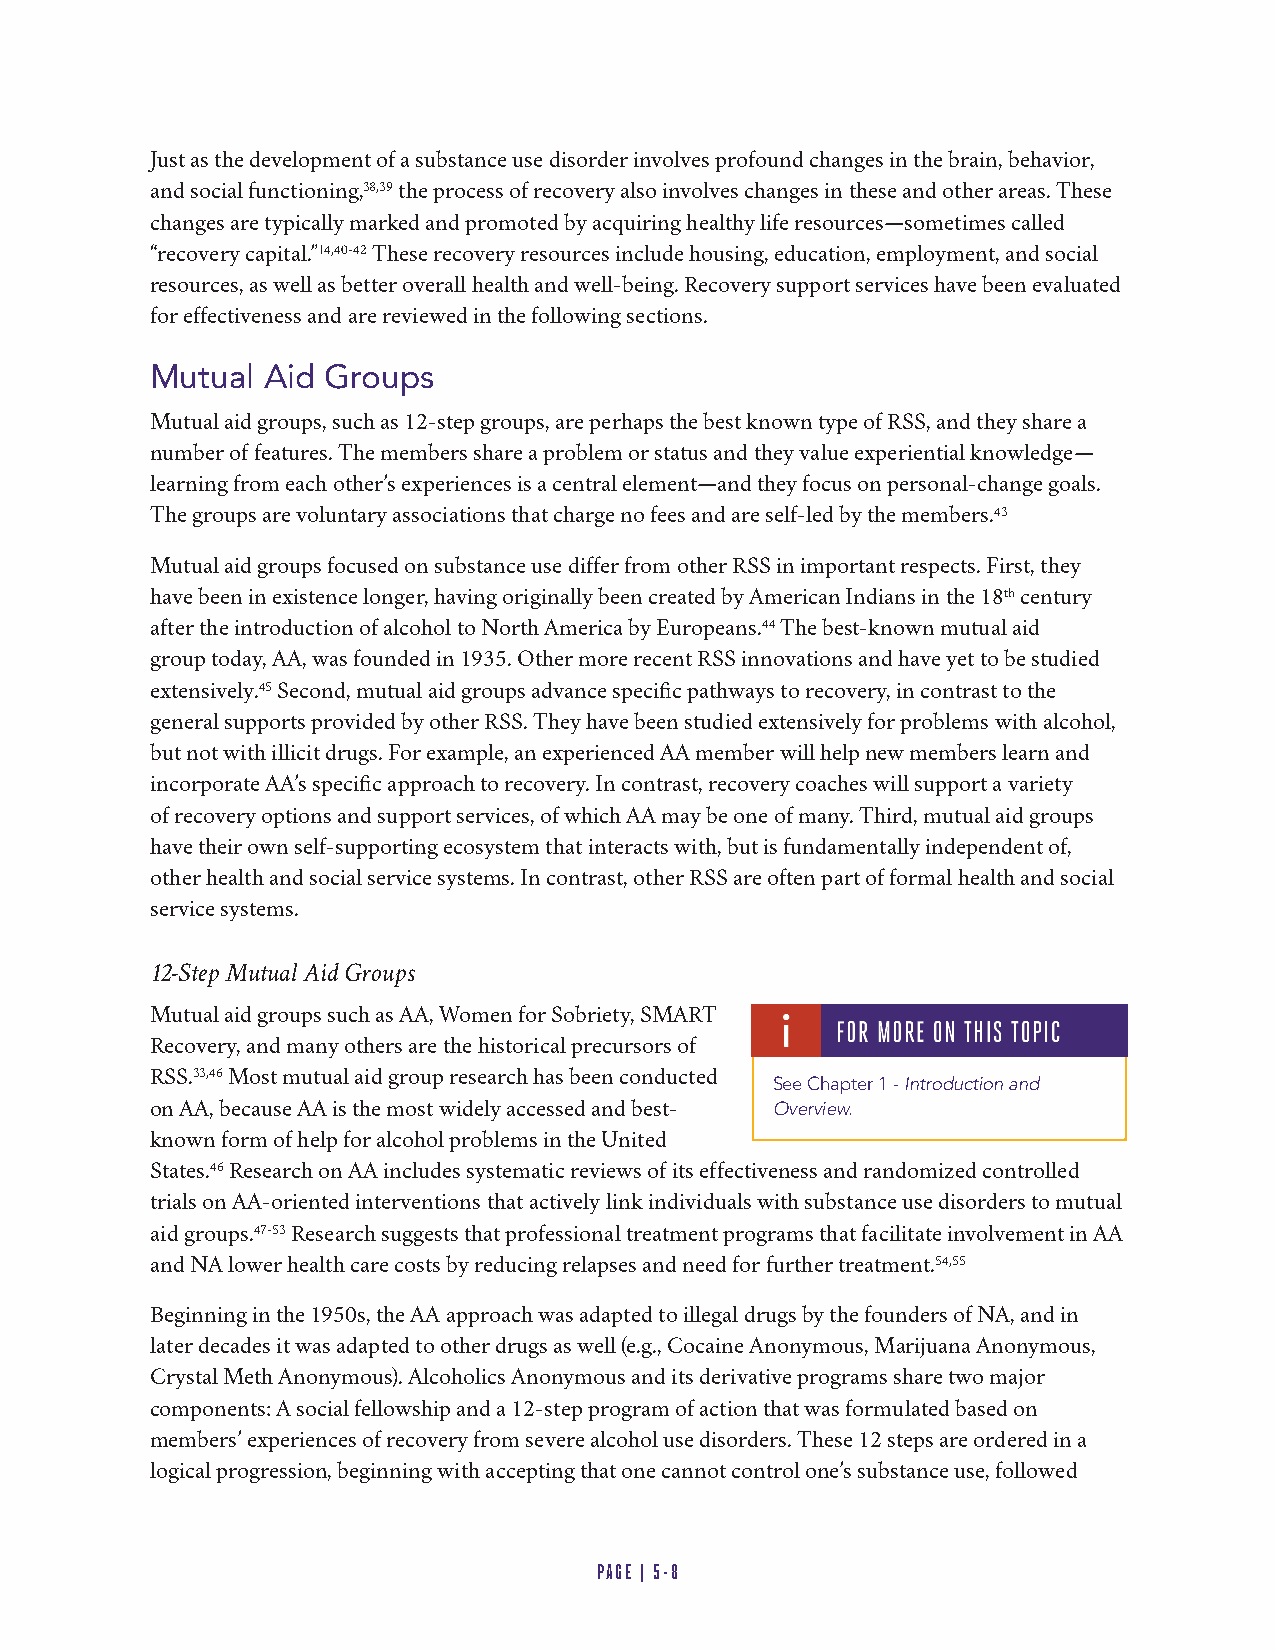
Just as the development of a substance use disorder involves profound changes in the brain, behavior,
 and social functioning,38,39 the process of recovery also involves changes in these and other areas. These
 changes are typically marked and promoted by acquiring healthy life resources—sometimes called
 “recovery capital.”14,40-42 These recovery resources include housing, education, employment, and social
 resources, as well as better overall health and well-being. Recovery support services have been evaluated
 for effectiveness and are reviewed in the following sections.
 Mutual Aid Groups
 Mutual aid groups, such as 12-step groups, are perhaps the best known type of RSS, and they share a
 number of features. The members share a problem or status and they value experiential knowledge—
 learning from each other’s experiences is a central element—and they focus on personal-change goals.
 The groups are voluntary associations that charge no fees and are self-led by the members.43
 Mutual aid groups focused on substance use differ from other RSS in important respects. First, they
 have been in existence longer, having originally been created by American Indians in the 18th century
 after the introduction of alcohol to North America by Europeans.44 The best-known mutual aid
 group today, AA, was founded in 1935. Other more recent RSS innovations and have yet to be studied
 extensively.45 Second, mutual aid groups advance specific pathways to recovery, in contrast to the
 general supports provided by other RSS. They have been studied extensively for problems with alcohol,
 but not with illicit drugs. For example, an experienced AA member will help new members learn and
 incorporate AA’s specific approach to recovery. In contrast, recovery coaches will support a variety
 of recovery options and support services, of which AA may be one of many. Third, mutual aid groups
 have their own self-supporting ecosystem that interacts with, but is fundamentally independent of,
 other health and social service systems. In contrast, other RSS are often part of formal health and social
 service systems.
 12-Step Mutual Aid Groups
 1
 Mutual aid groups such as AA, Women for Sobriety, SMART
 Recovery, and many others are the historical precursors of
 RSS.33,46 Most mutual aid group research has been conducted
 See Chapter 1 - Introduction and
 on AA, because AA is the most widely accessed and best- Overview.
 known form of help for alcohol problems in the United             1
 States.46 Research on AA includes systematic reviews of its effectiveness and randomized controlled
 trials on AA-oriented interventions that actively link individuals with substance use disorders to mutual
 aid groups.47-53 Research suggests that professional treatment programs that facilitate involvement in AA
 and NA lower health care costs by reducing relapses and need for further treatment.54,55
 Beginning in the 1950s, the AA approach was adapted to illegal drugs by the founders of NA, and in
 later decades it was adapted to other drugs as well (e.g., Cocaine Anonymous, Marijuana Anonymous,
 Crystal Meth Anonymous). Alcoholics Anonymous and its derivative programs share two major
 components: A social fellowship and a 12-step program of action that was formulated based on
 members’ experiences of recovery from severe alcohol use disorders. These 12 steps are ordered in a
 logical progression, beginning with accepting that one cannot control one’s substance use, followed
 PAGE | 5-8